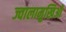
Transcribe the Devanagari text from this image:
ज्वालामुखिओं